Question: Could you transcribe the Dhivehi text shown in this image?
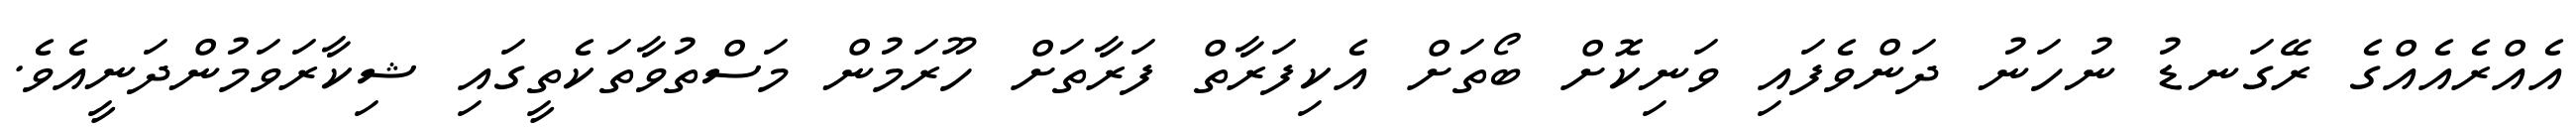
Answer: އެއްރެއެއްގެ ރޭގަނޑު ނުހަނު ދަންވެފައި ވަނިކޮށް ބޯތަށް އެކިފަރާތް ފަރާތަށް ހޫރަމުން މަސްތުވާތަކެތީގައި ޝިކާރަވަމުންދަނީއެވެ.